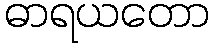
ဓာရယတော